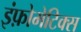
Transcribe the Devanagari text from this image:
इंफ़ोमेटिक्स